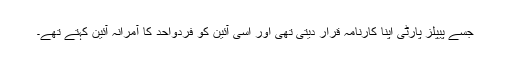
جسے پیپلز پارٹی اپنا کارنامہ قرار دیتی تھی اور اُسی آئین کو فردواحد کا آمرانہ آئین کہتے تھے۔